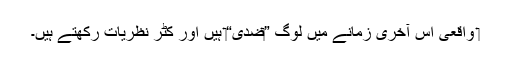
‏ واقعی اِس آخری زمانے میں لوگ ”‏ضدی“‏ ہیں اور کٹر نظریات رکھتے ہیں۔